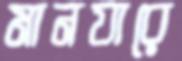
মানযারে